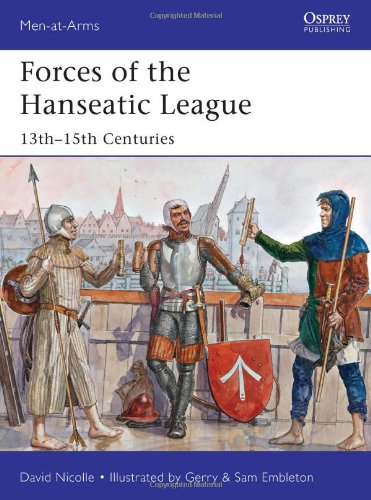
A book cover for Forces of the Hanseatic League: 13th - 15th Centuries (Men-at-Arms); David Nicolle; Arts & Photography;